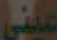
عينى